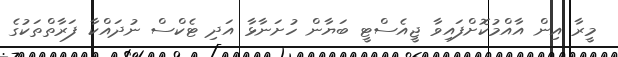
މީރާ އިން އާއްމުކޮށްފައިވާ ޖީއެސްޓީ ބަޔާން ހުށަނާޅާ އަދި ޓެކްސް ނުދައްކާ ފަރާތްތަކުގެ